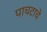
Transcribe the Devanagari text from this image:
पाचटाचे